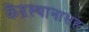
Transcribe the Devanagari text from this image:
केंद्रस्थानासह